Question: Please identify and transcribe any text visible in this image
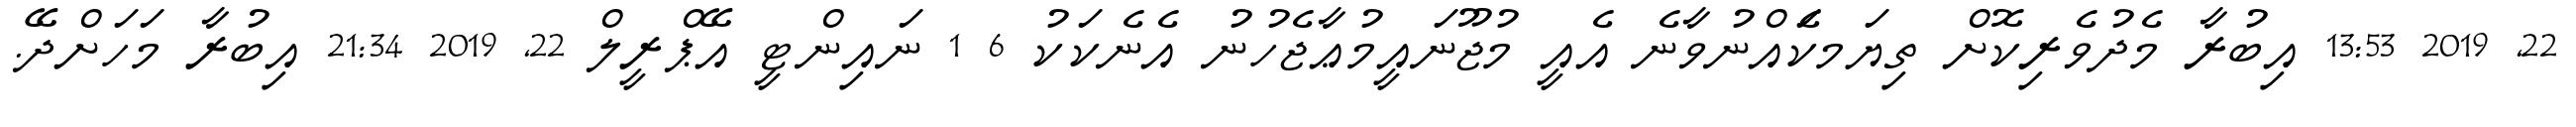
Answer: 22, 2019 13:53 އިބުރާ މެދުވެރިކޮށް ތިޔަމކަެއްނުވާނެ އެއީ މުޖޫނައީމުޢާޖެހުނު އެނެކަކު 6 1 ނައިންޓީ އޭޕްރީލް 22, 2019 21:34 އިބުރާ މަހަށްދޭ.